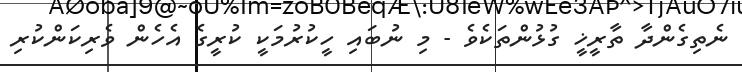
ނެތިގެންދާ ތާރީޚީ ގުޅުންތަކެވެ - މި ނުބައި ހީކުރުމަކީ ކުރީގެ އެހެން ވެރިކަންކުރި